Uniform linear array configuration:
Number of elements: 48
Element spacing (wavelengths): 0.75
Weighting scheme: exponential
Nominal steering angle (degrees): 45
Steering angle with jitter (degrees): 44.484
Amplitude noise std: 0.05
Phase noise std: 0.05

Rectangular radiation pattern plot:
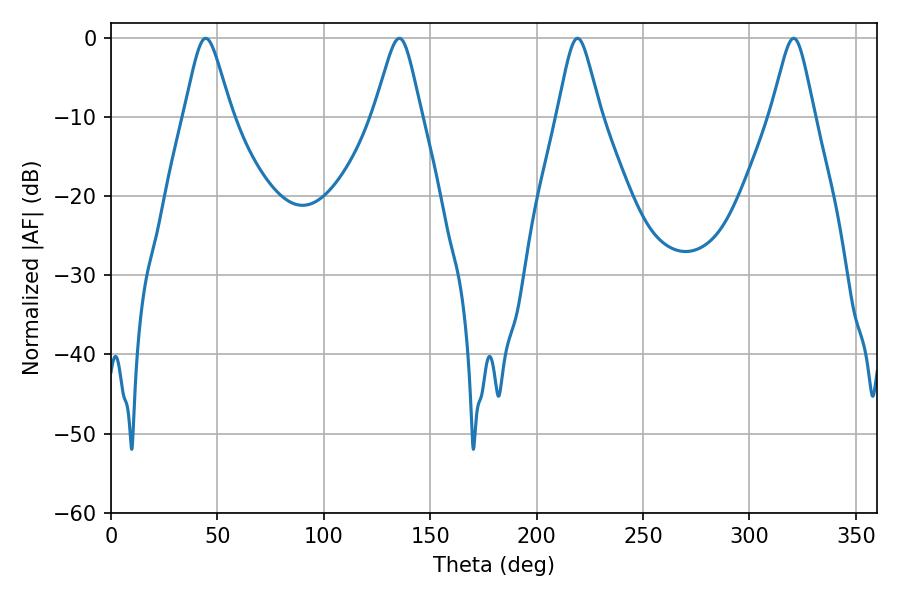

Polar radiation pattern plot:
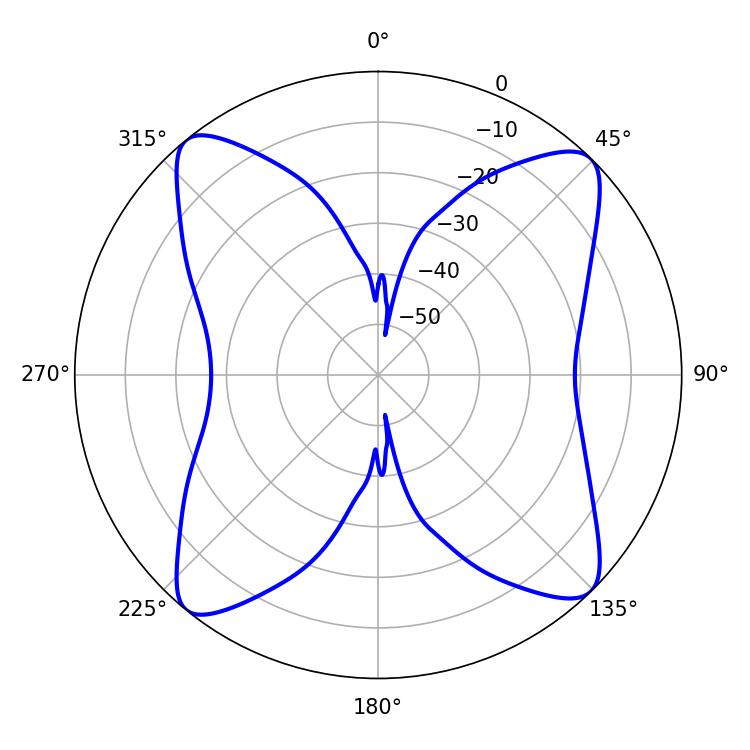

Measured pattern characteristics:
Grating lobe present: TRUE
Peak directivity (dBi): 15.139
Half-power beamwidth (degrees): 9.72
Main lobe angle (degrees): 219.24